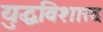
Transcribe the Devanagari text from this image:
युद्धविशारद